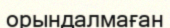
орындалмаған